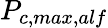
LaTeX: P_{c,max,alf}